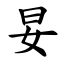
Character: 妟